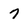
Character: 7